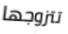
تتزوجها